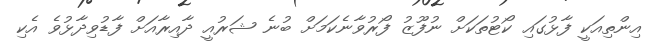
އިންތިއަކީ ފާޅުގައި ކޯޓުތަކަށް ނުފޫޒު ފޯރުވާނެކަމަށް ބުނެ ޝަރުއީ ދާއިރާއަށް ފާޑުވިދާޅުވެ އެކި